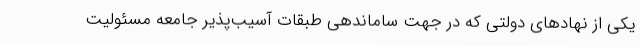
یکی از نهادهای دولتی که در جهت ساماندهی طبقات آسیب‌پذیر جامعه مسئولیت